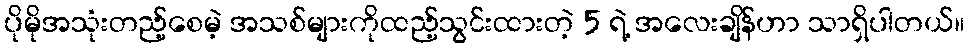
ပိုမိုအသုံးတည့်စေမဲ့ အသစ်များကိုထည့်သွင်းထားတဲ့ 5 ရဲ့ အလေးချိန်ဟာ သာရှိပါတယ်။